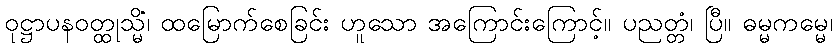
ဝုဋ္ဌာပနဝတ္ထုသ္မိံ၊ ထမြောက်စေခြင်း ဟူသော အကြောင်းကြောင့်။ ပညတ္တံ၊ ပြီ။ ဓမ္မကမ္မေ၊